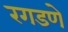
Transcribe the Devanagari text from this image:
रगडणे